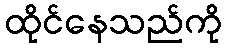
ထိုင်နေသည်ကို